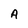
Character: A